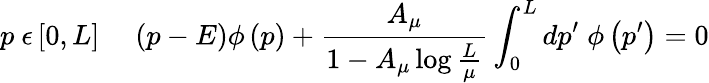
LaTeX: p\ \epsilon\left[0,L\right]\; \; \; \; \left(p-E\right)\phi\left(p\right)+{\frac{A_{\mu}}{1-A_{\mu}\log{\frac{L}{\mu}}}}\int_{0}^{L}dp^{\prime}\; \phi\left(p^{\prime}\right)=0